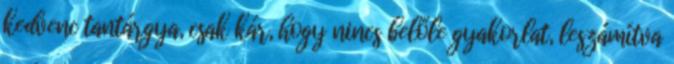
kedvenc tantárgya, csak kár, hogy nincs belőle gyakorlat, leszámítva